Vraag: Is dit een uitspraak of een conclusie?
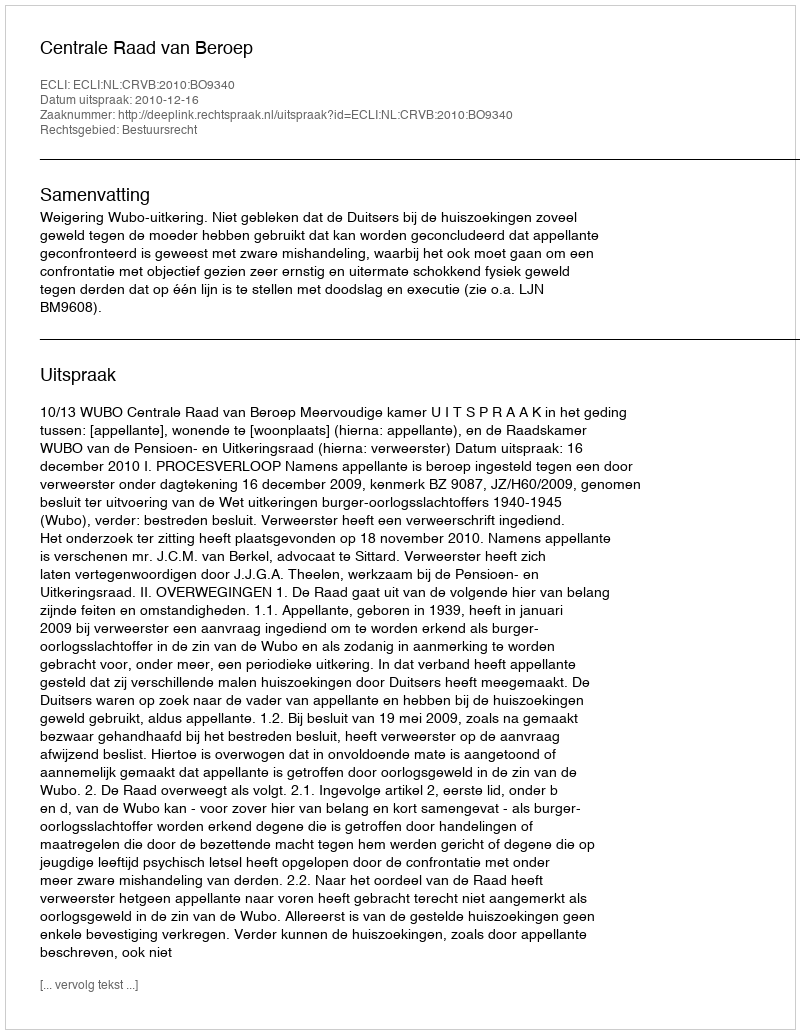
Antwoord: Uitspraak